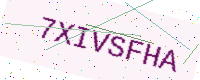
Text: 7XIVSFHA